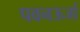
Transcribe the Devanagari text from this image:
पवनऊर्जा